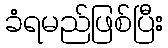
ခံရမည်ဖြစ်ပြီး